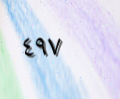
٤٩٧